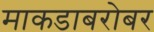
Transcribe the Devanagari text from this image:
माकडाबरोबर